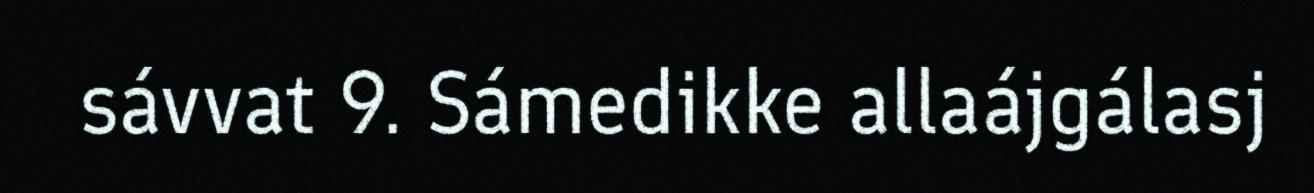
sávvat 9. Sámedikke allaájgálasj